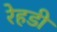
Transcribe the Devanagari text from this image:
रेहडी